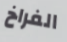
الفراخ